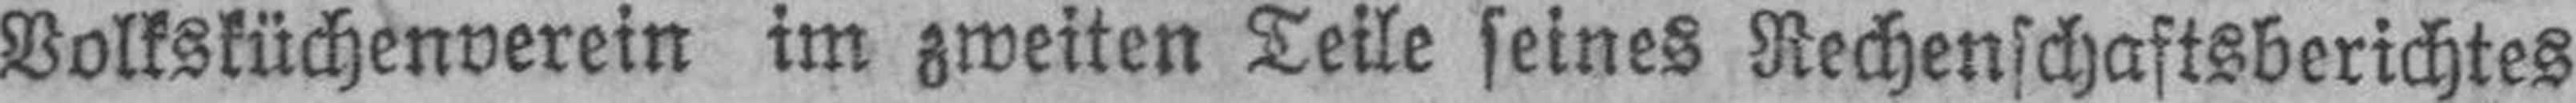
Volksküchenverein im zweiten Teile seines Rechenschaftsberichtes